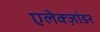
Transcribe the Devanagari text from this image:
एलेक्ज़ांडर